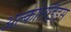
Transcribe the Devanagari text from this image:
अल्कोलॉइड्स